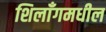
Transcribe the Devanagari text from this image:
शिलाँगमधील